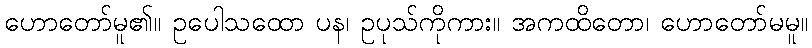
ဟောတော်မူ၏။ ဥပေါသထော ပန၊ ဥပုသ်ကိုကား။ အကထိတော၊ ဟောတော်မမူ။